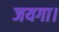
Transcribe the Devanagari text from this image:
जयगा।